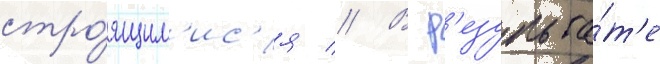
стро́ящим'ис'я // В р'езульта́т'е